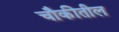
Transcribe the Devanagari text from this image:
चौकीतील